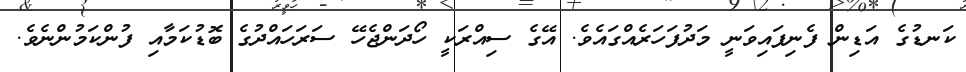
ކަނޑުގެ އަޑިން ފެނިފައިވަނީ މަދުފަހަރެއްގައެވެ. އޭގެ ސިއްރަކީ ހޯދަންޖެހޭ ސަރަހައްދުގެ ބޮޑުކަމާއި ފުންކަމުންނެވެ.